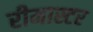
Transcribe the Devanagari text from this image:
रीमास्टर